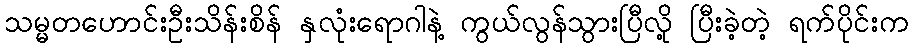
သမ္မတဟောင်းဦးသိန်းစိန် နှလုံးရောဂါနဲ့ ကွယ်လွန်သွားပြီလို့ ပြီးခဲ့တဲ့ ရက်ပိုင်းက